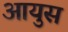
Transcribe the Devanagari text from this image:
आयुस